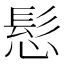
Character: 𮪾